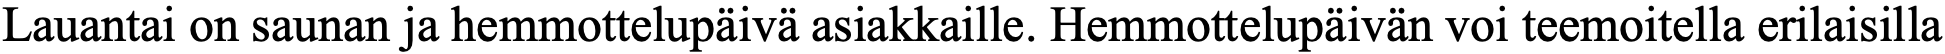
Lauantai on saunan ja hemmottelupäivä asiakkaille. Hemmottelupäivän voi teemoitella erilaisilla